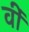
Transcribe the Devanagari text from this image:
वीं